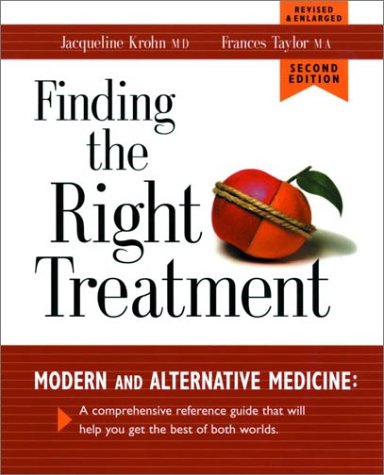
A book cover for Finding the Right Treatment: Modern and Alternative Medicine: A Comprehensive Reference Guide That Will Help You Get the Best of Both Worlds; Jacqueline Krohn; Health, Fitness & Dieting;